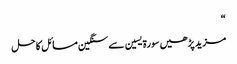
“
مزید پڑھیں سورۃ یسین سے سنگین مسائل کا حل